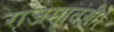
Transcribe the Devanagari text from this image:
राजमातंगी।